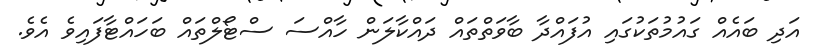
އަދި ބައެއް ގައުމުތަކުގައި އުފައްދާ ބާވަތްތައް ދައްކާލަން ހާއްސަ ސްޓޯލްތައް ބަހައްޓާފައިވެ އެވެ.